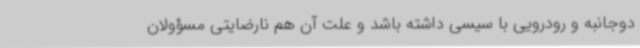
دوجانبه و رودرویی با سیسی داشته باشد و علت آن هم نارضایتی مسؤولان